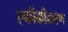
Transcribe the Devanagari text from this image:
एकीकीकरण